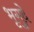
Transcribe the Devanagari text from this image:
भृगुदे